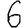
Digit: 6